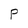
Character: P